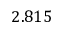
2 . 8 1 5